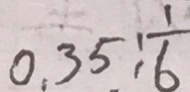
0 . 3 5 : \frac { 1 } { 6 }